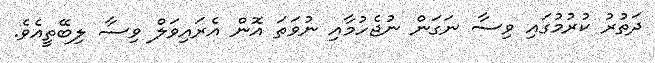
ދަތުރު ކުރުމުގައި ވިސާ ނަގަން ނުޖެހުމާއި ނުވަތަ އޮން އެރައިވަލް ވިސާ ލިބޭތީއެވެ.